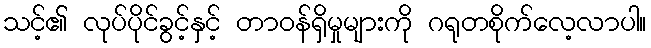
သင့်၏ လုပ်ပိုင်ခွင့်နှင့် တာဝန်ရှိမှုများကို ဂရုတစိုက်လေ့လာပါ။